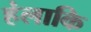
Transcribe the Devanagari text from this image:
हंलाकि